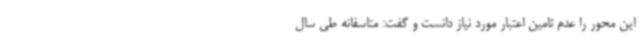
این محور را عدم تامین اعتبار مورد نیاز دانست و گفت: متاسفانه طی سال